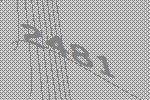
2481